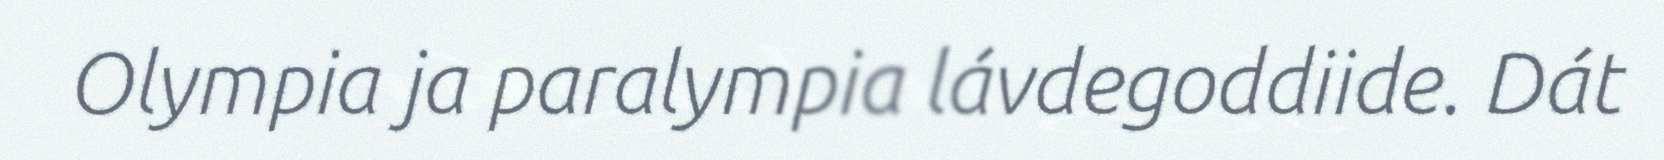
Olympia ja paralympia lávdegoddiide. Dát